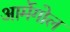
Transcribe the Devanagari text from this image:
आर्मेगोल